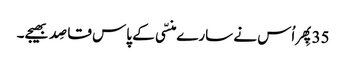
35پِھر اُس نے سارے منسّی کے پاس قاصِد بھیجے۔